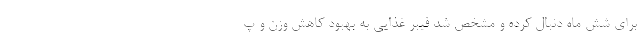
برای شش ماه دنبال کرده و مشخص شد فیبر غذایی به بهبود کاهش وزن و پ